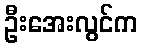
ဦးအေးလွင်က